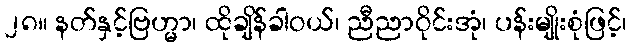
၂၈။ နတ်နှင့်ဗြဟ္မာ၊ ထိုချိန်ခါဝယ်၊ ညီညာဝိုင်းအုံ၊ ပန်းမျိုးစုံဖြင့်၊